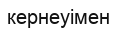
кернеуімен